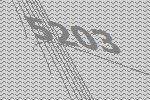
5203